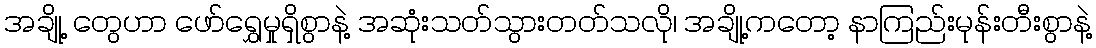
အချို့ တွေဟာ ဖော်ရွှေမှုရှိစွာနဲ့ အဆုံးသတ်သွားတတ်သလို၊ အချို့ကဝောာ့ နာကြည်းမုန်းတီးစွာနဲ့